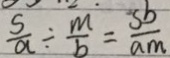
\frac { s } { a } \div \frac { m } { b } = \frac { s b } { a m }